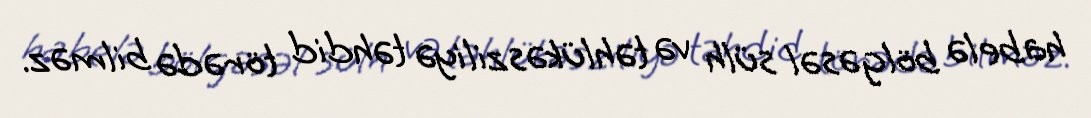
habelə bölgəsəl sülh və təhlükəsziliyə təhdid törədə bilməz.